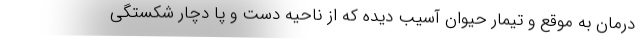
درمان به موقع و تیمار حیوان آسیب دیده که از ناحیه دست و پا دچار شکستگی